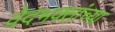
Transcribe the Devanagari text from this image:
वेदभक्तांच्या